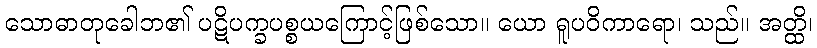
သောဓာတုခေါဘ၏ ပဋိပက္ခပစ္စယကြောင့်ဖြစ်သော။ ယော ရူပဝိကာရော၊ သည်။ အတ္ထိ၊